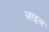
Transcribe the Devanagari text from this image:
ज़ाइल